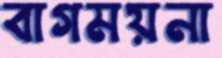
বাগময়না